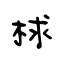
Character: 梂